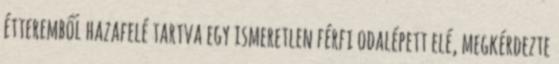
étteremből hazafelé tartva egy ismeretlen férfi odalépett elé, megkérdezte